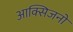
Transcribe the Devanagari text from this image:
आक्सिजनों